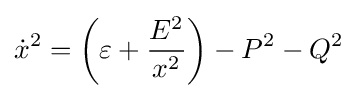
{\dot {x}}^{2}=\left(\varepsilon +{\frac {E^{2}}{x^{2}}}\right)-P^{2}-Q^{2}